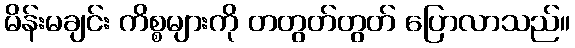
မိန်းမချင်း ကိစ္စများကို တတွတ်တွတ် ပြောလာသည်။